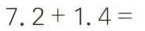
7.2+1.4=